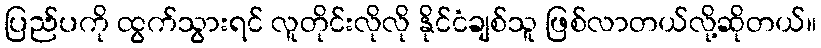
ပြည်ပကို ထွက်သွားရင် လူတိုင်းလိုလို နိုင်ငံချစ်သူ ဖြစ်လာတယ်လို့ဆိုတယ်။